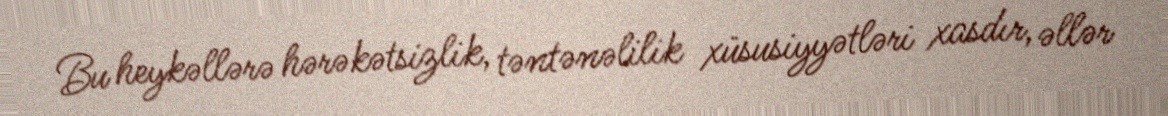
Bu heykəllərə hərəkətsizlik, təntənəlilik xüsusiyyətləri xasdır, əllər